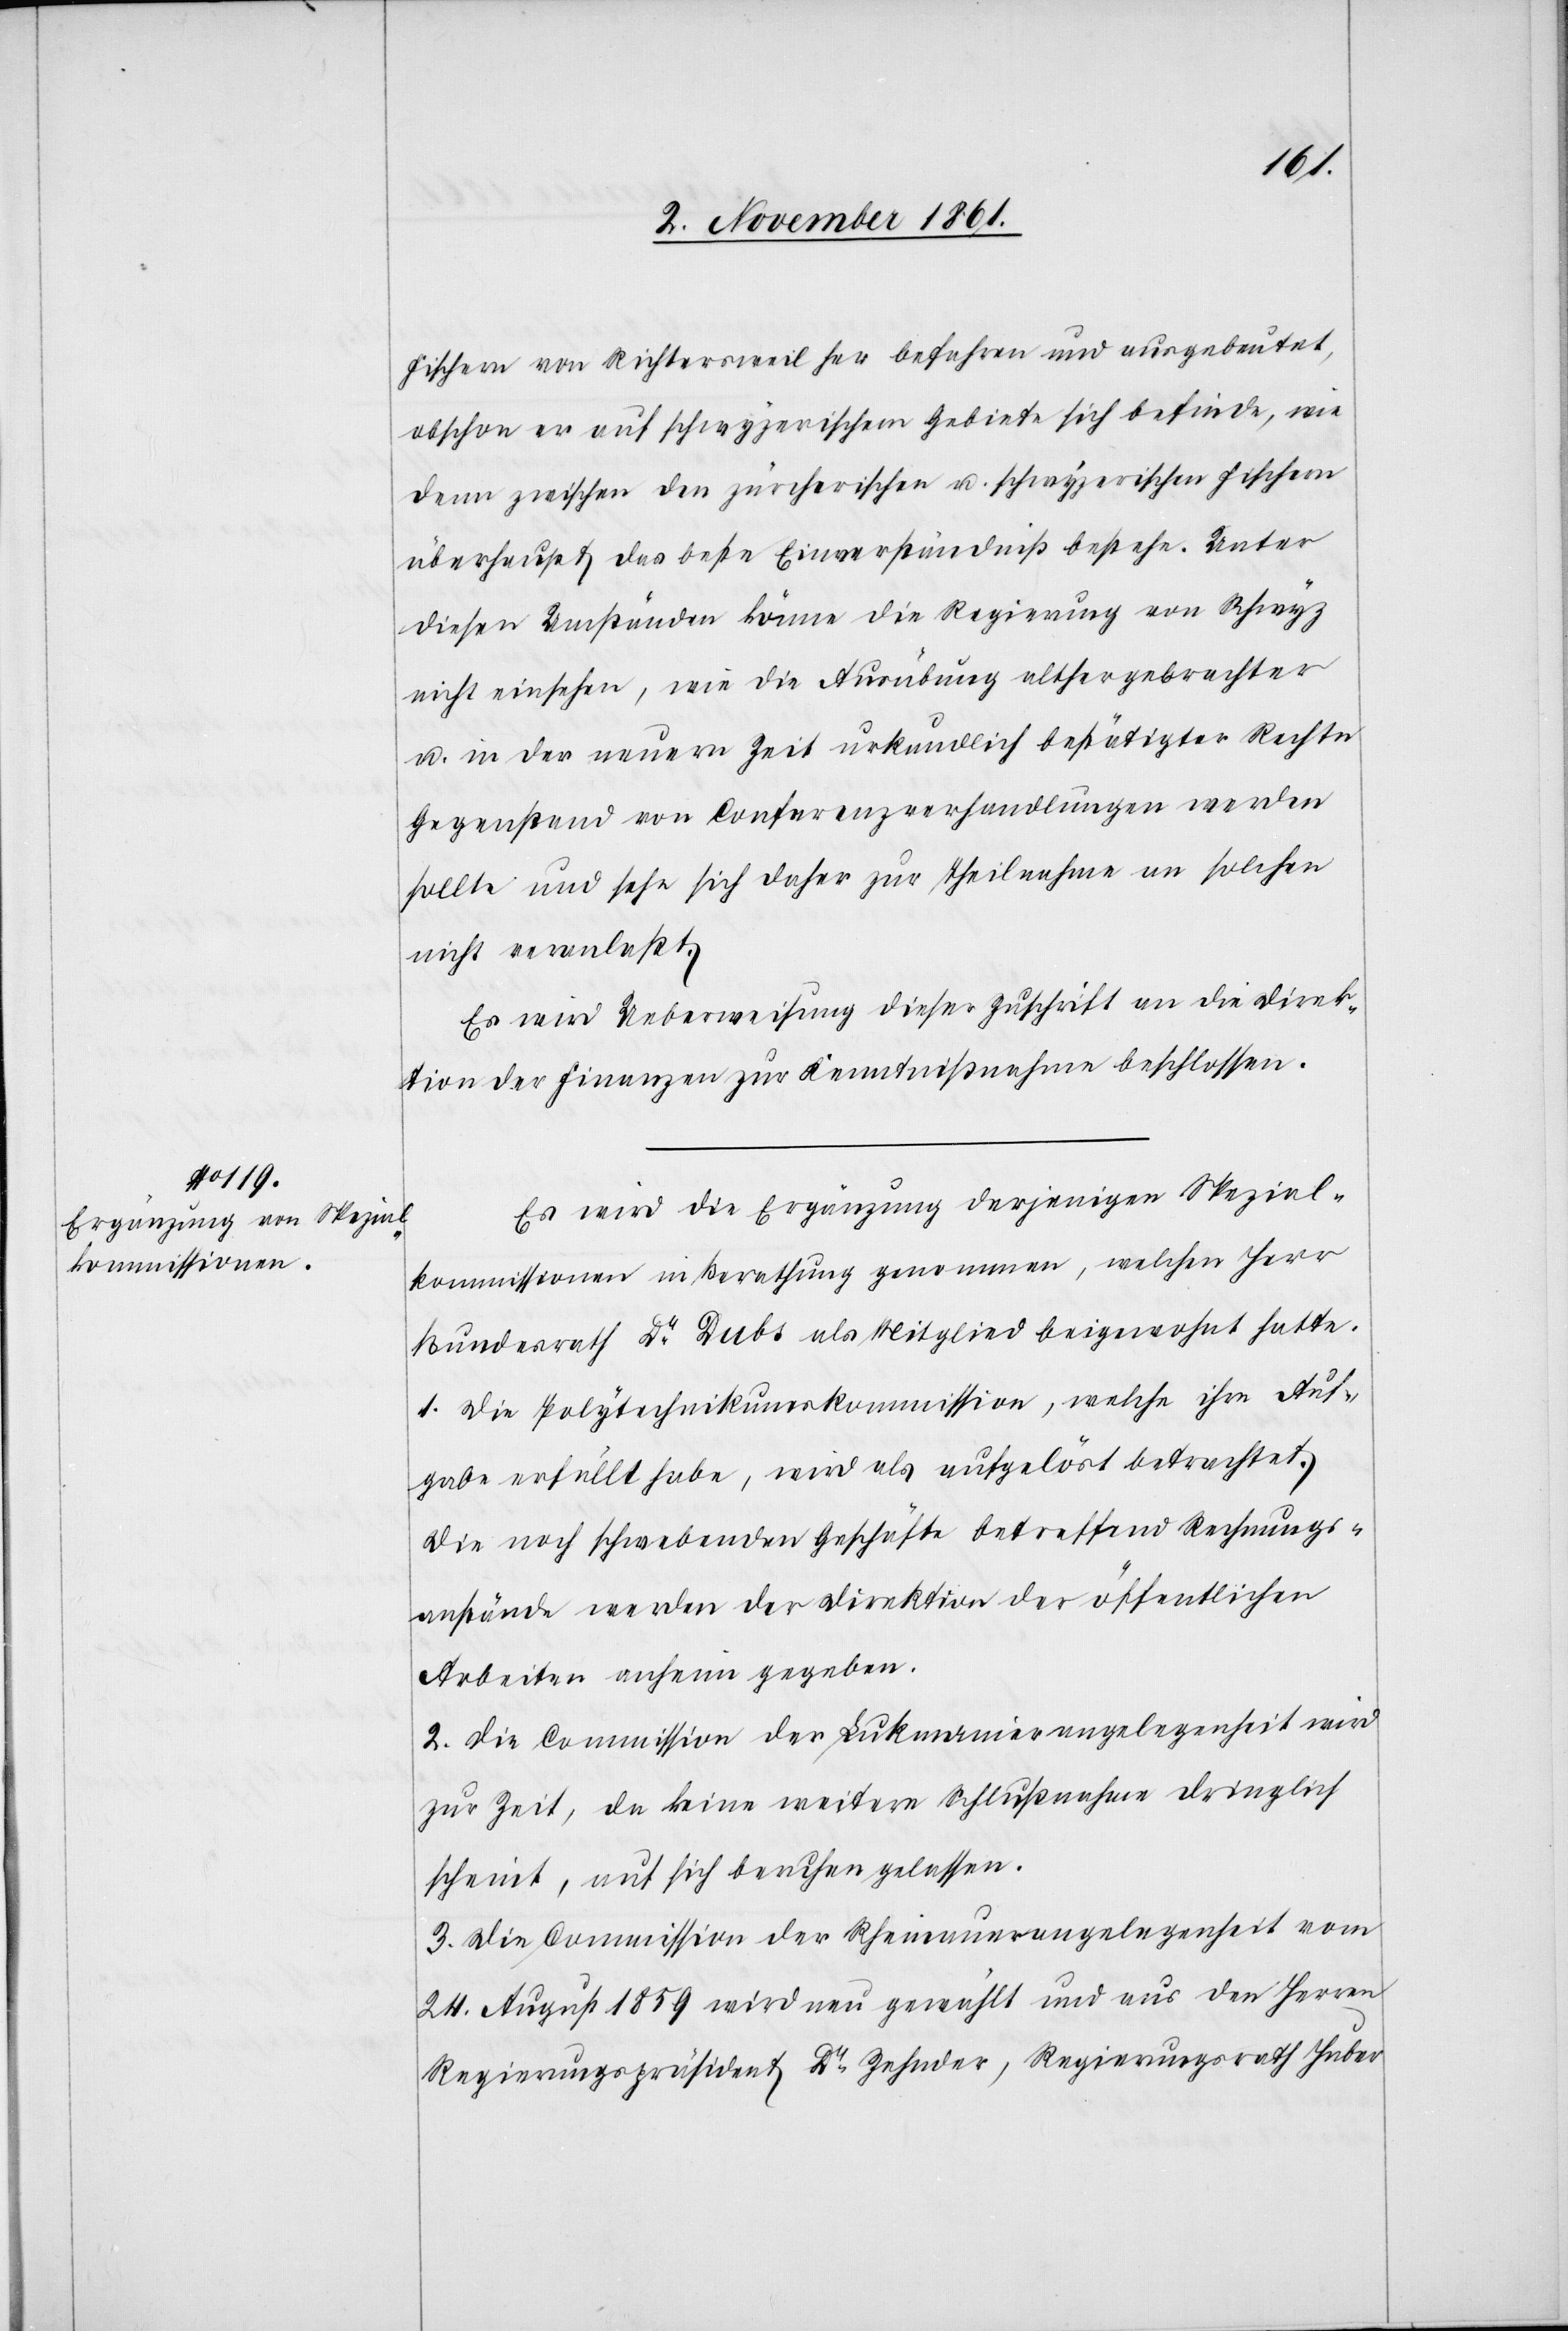
Fischern von Richtersweil her befahren und ausgebeutet,
obschon er auf schwyzerischem Gebiete sich befinde, wie
denn zwischen den zürcherischen u. schwyzerischen Fischern
überhaupt das beste Einverständniß bestehe. Unter
diesen Umständen könne die Regierung von Schwyz
nicht einsehen, wie die Ausübung althergebrachter
u. in der neuern Zeit urkundlich bestätigter Rechte
Gegenstand von Conferenzverhandlungen werden
sollte und sehe sich daher zur Theilnahme an solchen
nicht veranlaßt.
Es wird Ueberweisung dieser Zuschrift an die Direk¬
tion der Finanzen zur Kenntnißnahme beschlossen.
Es wird die Ergänzung derjenigen Spezial¬
kommissionen in Berathung genommen, welchen Herr
Bundesrath Dr Dubs als Mitglied beigewohnt hatte.
1. Die Polytechnikumskommission, welche ihre Auf¬
gabe erfüllt habe, wird als aufgelöst betrachtet.
Die noch schwebenden Geschäfte betreffend Rechnungs¬
anstände werden der Direktion der öffentlichen
Arbeiten anheim gegeben.
2. Die Commission der Lukmanierangelegenheit wird
zur Zeit, da keine weitere Schlußnahme dringlich
scheint, auf sich beruhen gelassen.
3. Die Commission der Rheinauerangelegenheit vom
24 August 1859 wird neu gewählt und aus den Herrn
Regierungspräsident Dr Zehnder, Regierungsrath Huber